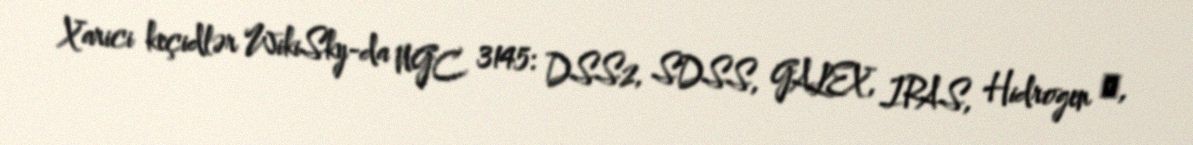
Xarici keçidlər WikiSky-da NGC 3145: DSS2, SDSS, GALEX, IRAS, Hidrogen α,